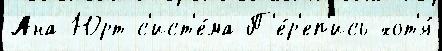
Ана-Юрт с'ист'е́ма П'е́р'еп'ись хот'я́